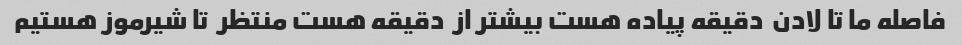
فاصله ما تا لادن  دقیقه پیاده هست بیشتر از  دقیقه هست منتظر  تا شیرموز هستیم